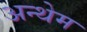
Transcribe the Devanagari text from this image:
अन्थेम